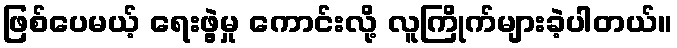
ဖြစ်ပေမယ့် ရေးဖွဲ့မှု ကောင်းလို့ လူကြိုက်များခဲ့ပါတယ်။